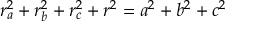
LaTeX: \displaystyle r _ { a } ^ { 2 } + r _ { b } ^ { 2 } + r _ { c } ^ { 2 } + r ^ { 2 } = a ^ { 2 } + b ^ { 2 } + c ^ { 2 }